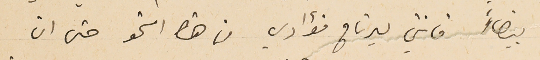
بيضاءً فانني ليرتاح فؤادي من هذا النحو حتى ان